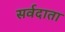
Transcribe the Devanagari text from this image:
सर्वदाता